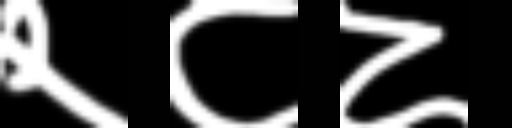
Text: २८८